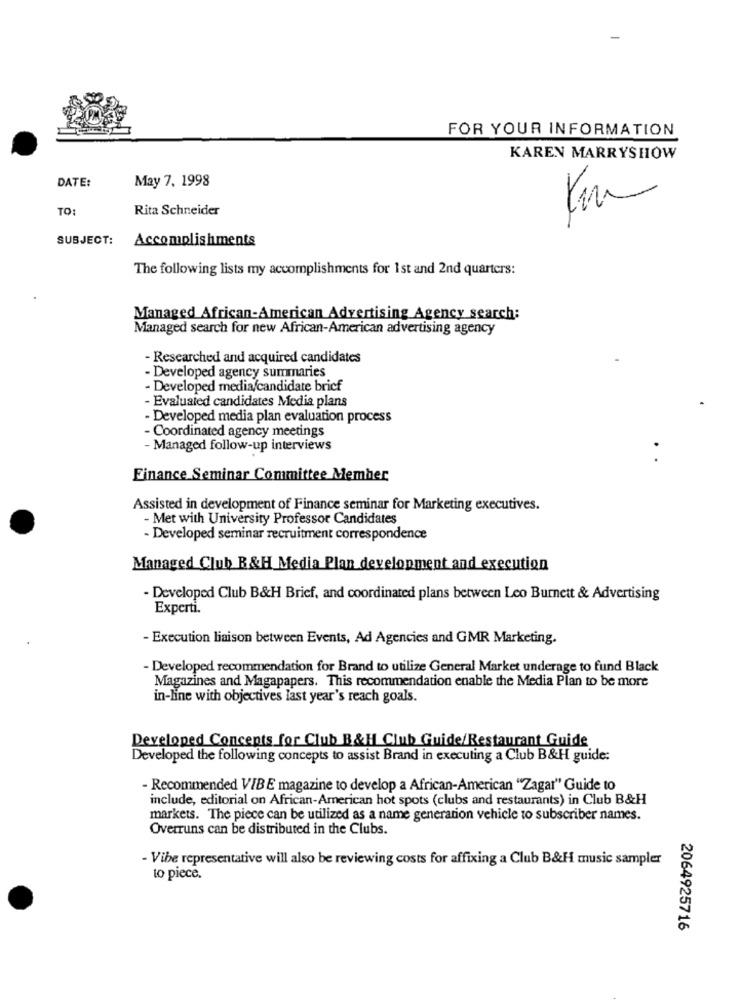
FOR YOUR INFORMATION
KAREN MARRYSHOW
DATE:
May 7, 1998
TO:
Rita Schneider
SUBJECT:
Accomplishments
The following lists my accomplishments for 1st and 2nd quarters:
Managed African-American Advertising Agency search:
Managed search for new African-American advertising agency
- Researched and acquired candidates
- Developed agency summaries
- Developed media/candidate brief
Evaluated candidates Media plans
- Developed media plan evaluation process
- Coordinated agency meetings
- Managed follow-up interviews
.
Finance Seminar Committee Member
Assisted in development of Finance seminar for Marketing executives.
- Met with University Professor Candidates
- Developed seminar recruitment correspondence
Managed Club R&H Media Plan development and execution
- Developed Club B&H Brief, and coordinated plans between Leo Burnett & Advertising
Experti.
- Execution liaison between Events, Ad Agencies and GMR Marketing.
- Developed recommendation for Brand to utilize General Market underage to fund Black
Magazines and Magapapers. This recommendation enable the Media Plan to be more
in-line with objectives last year's reach goals.
Developed Concepts for Club B&H Club Guide/Restaurant Guide
Developed the following concepts to assist Brand in executing a Club B&H guide:
- Recommended VIBE magazine to develop a African-American "Zagar" Guide to
include, editorial on African-American hot spots (clubs and restaurants) in Club B&H
markets. The piece can be utilized as a name generation vehicle to subscriber names.
Overruns can be distributed in the Clubs.
- Vibe representative will also be reviewing costs for affixing a Club B&H music sampler
to piece.
2064925716